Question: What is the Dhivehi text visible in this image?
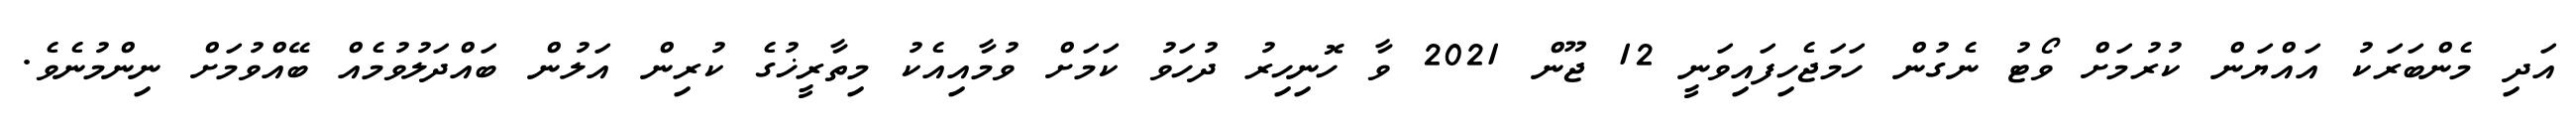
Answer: އަދި މެންބަރަކު އައްޔަން ކުރުމަށް ވޯޓު ނެގުން ހަމަޖެހިފައިވަނީ 12 ޖޫން 2021 ވާ ހޮނިހިރު ދުހަވު ކަމަށް ވުމާއިއެކު މިތާރީޚުގެ ކުރިން އަލުން ބައްދަލުވުމެއް ބޭއްވުމަށް ނިންމުނެވެ.